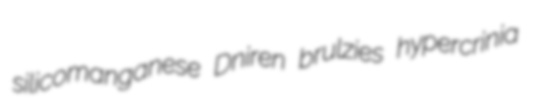
silicomanganese Dniren brulzies hypercrinia